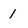
Character: I